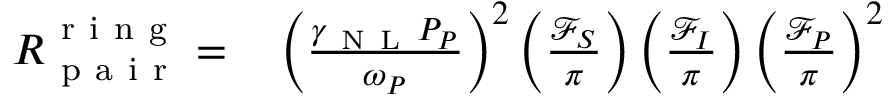
\begin{array} { r l } { R _ { \mathrm { ~ p ~ a ~ i ~ r ~ } } ^ { \mathrm { ~ r ~ i ~ n ~ g ~ } } = } & { { } \left( \frac { \gamma _ { \mathrm { ~ N ~ L ~ } } P _ { P } } { \omega _ { P } } \right) ^ { 2 } \left( \frac { \mathcal { F } _ { S } } { \pi } \right) \left( \frac { \mathcal { F } _ { I } } { \pi } \right) \left( \frac { \mathcal { F } _ { P } } { \pi } \right) ^ { 2 } } \end{array}